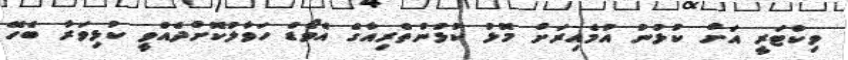
ވިކްޓަރީ އަށް ކުޅުނު އުމެއިރަށް މޮޅު ކުޅުންތެރިއާގެ އެވޯޑް ހަވާލުކޮށްދެއްވީ ކުޅިވަރާ ބެހޭ